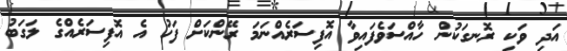
އަދި ވަކި ރޮނގަކުން ހާއްސަވެފައިވާ އޮފިސަރެއްނަމަ ރޭންކަށް ފަހު އެ އޮފިސަރެއްގެ ލަގަބު